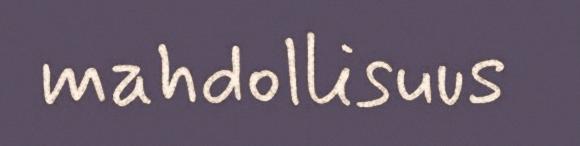
mahdollisuus